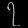
Digit: ၇